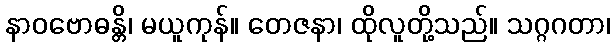
နာဝဗောဓန္တိ၊ မယူကုန်။ တေဇနာ၊ ထိုလူတို့သည်။ သဂ္ဂဂတာ၊